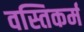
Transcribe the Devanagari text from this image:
वस्तिकर्म